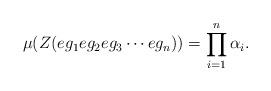
LaTeX: \begin{align*}\mu(Z(eg_1eg_2eg_3\cdots eg_n))=\prod_{i=1}^n\alpha_i.\end{align*}